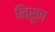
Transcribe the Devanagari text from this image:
निरूण